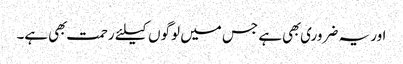
اور یہ ضروری بهی ہے جس میں لوگوں کیلئے رحمت بهی ہے۔